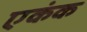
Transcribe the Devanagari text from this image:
एकंक